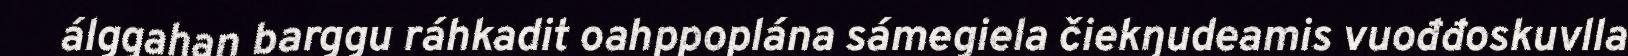
álggahan barggu ráhkadit oahppoplána sámegiela čiekŋudeamis vuođđoskuvlla